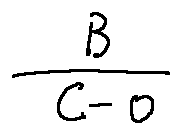
\frac { B } { c - 0 }